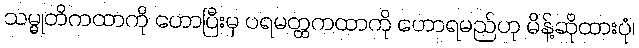
သမ္မုတိကထာကို ဟောပြီးမှ ပရမတ္ထကထာကို ဟောရမည်ဟု မိန့်ဆိုထားပုံ၊